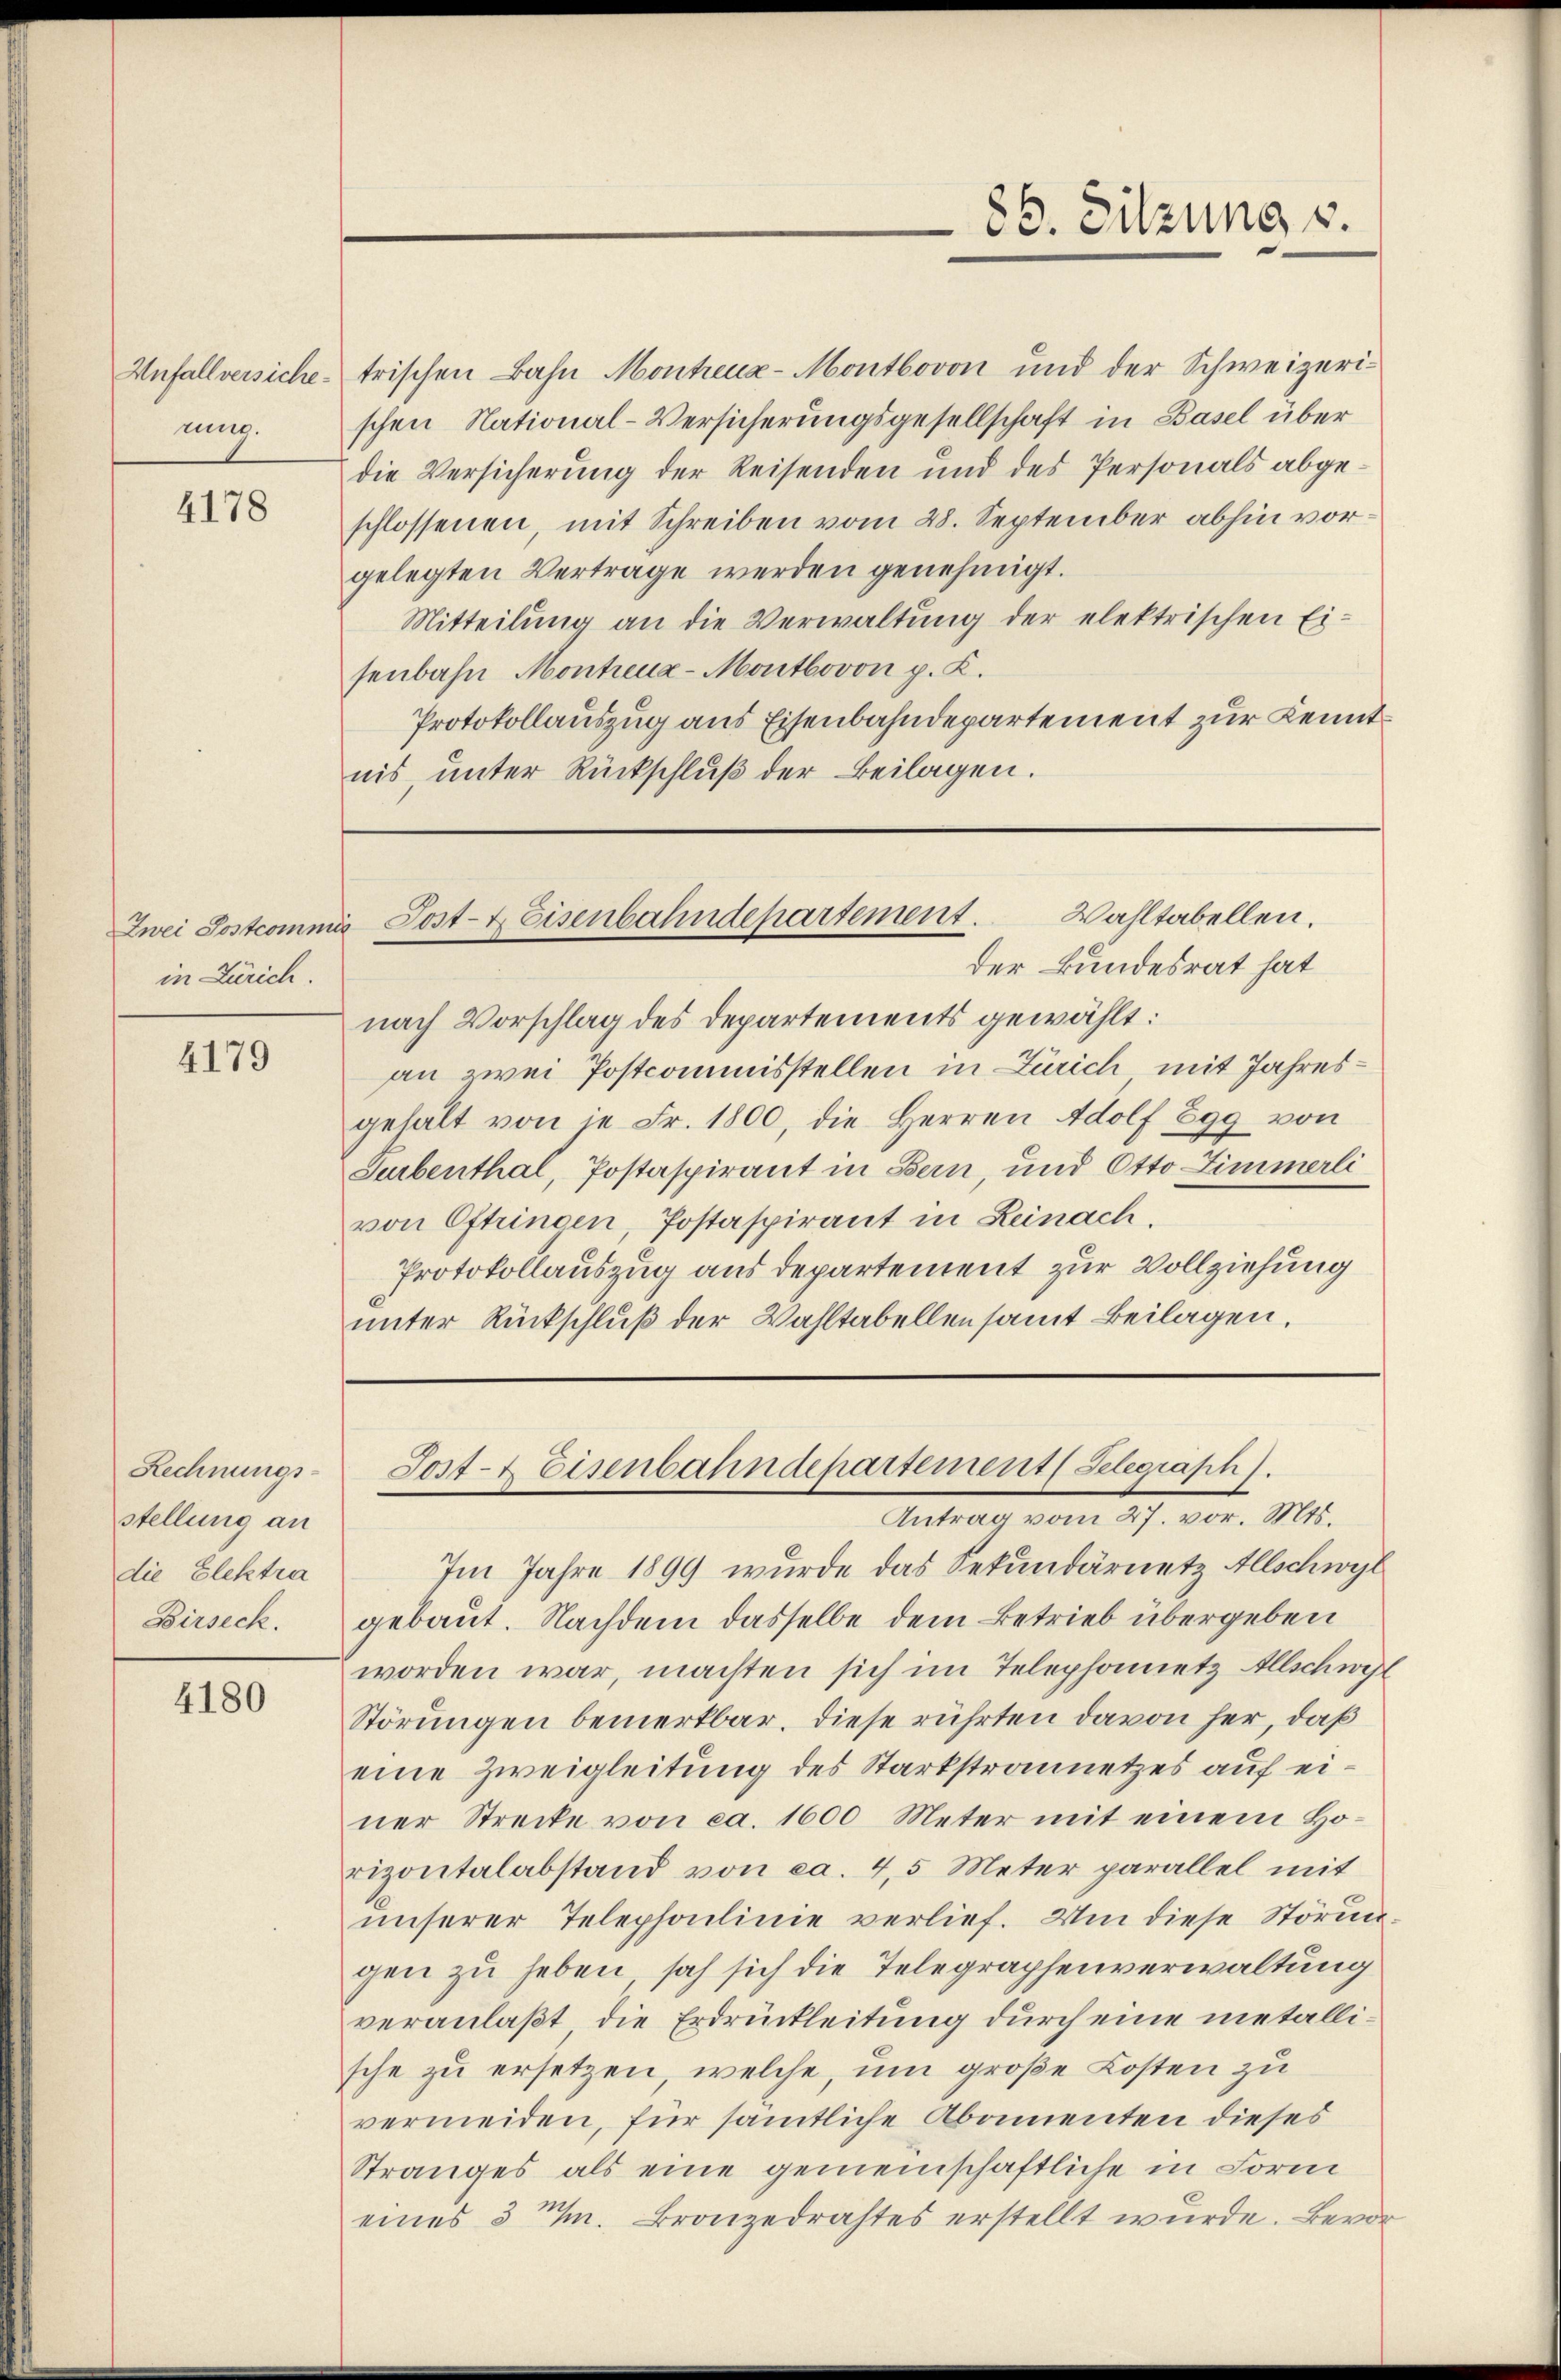
nung.

4178

in Zürich.

4179

Rechnungs-
stellung an
die Elektra
Birseck.

4180

Unfallversiche trischen Bahn Montreua-Montbovon und der Schweizerischen National-Versicherungsgesellschaft in Basel über
die Versicherung der Reisenden und des Personals abgeschlossenen, mit Schreiben vom 28. September abhin vorgelegten Vertrage werden genehmigt.
Mitteilung an die Verwaltung der elektrischen Ei-
senbahn Montreua-Montbovon p. K.
Protokollauszug aus Eisenbahndepartement zur Kenntnis, unter Rückschluß der Beilagen.

der Bundesrat hat
nach Vorschlag des Departements gewählt:
an zwei Postcommisstellen in Zürich mit Jahresgehalt von in Fr. 1800, die Herren Adolf Egg von
Surbenthal, Postaspirant in Bern, und Otto Zimmerli
von Oftringen, Postaspirant in Reinach.
Protokollauszug aus departement zur Vollziehung
unter Rückschluß der Wahltabellen samt Beilagen.

86. Sitzung v.

Wahltabellen.
Zwei Sostcommis Post- & Eisenbahndepartement.

Sost- & Eisenbahndepartement (Selegraph).
Antrag vom 27. vor. Mts.

Im Jahre 1899 wurde das Sekundärnetz Allschwyt
gebaut. Nachdem dasselbe dem Betrieb übergeben
worden war, machten sich im Telephonietz Allschwel
Störungen bemerkbar, diese rührten davon her, daß
eine Zweigleitung des Starkstrannetzes auf einer Strecke von ca. 1600 Meter mit einem Horizontalabstand von ca. 4,5 Meter parallel mit
unserer Telephonlinie verlief. Um diese Störun
gen zu heben, sah sich die Telegraphenverwaltung
veranlaßt, die Erdrückleitung durch eine metallische zu ersetzen, welche, um große Kosten zu
vermeiden, für sämtliche Abamenten dieses
Stranges als eine gemeinschaftliche in Form
eines 3 t v. Bronzedrachtes erstellt wŭrde. Bevor¬